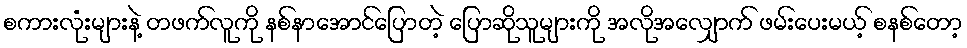
စကားလုံးများနဲ့ တဖက်လူကို နစ်နာအောင်ပြောတဲ့ ပြောဆိုသူများကို အလိုအလျှောက် ဖမ်းပေးမယ့် စနစ်တော့